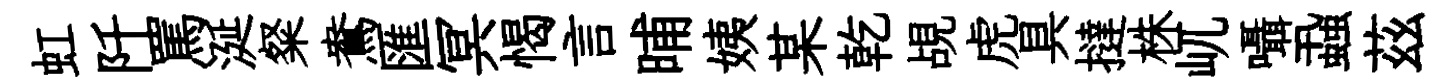
虹阡罵涎粲鴦匯冥愒言晡姨某乾覘虎具撻株屼囁蝨茲